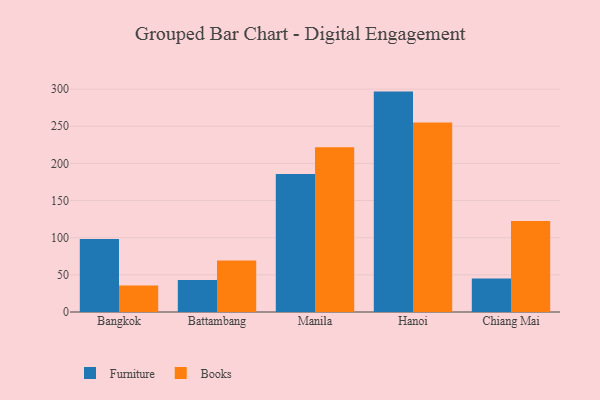
{"axis": {"x": "City", "y": "Population (Million)"}, "legend": ["Books", "Furniture"], "data": [{"x": "Bangkok", "y": 98.2, "type": "Furniture"}, {"x": "Bangkok", "y": 35.6, "type": "Books"}, {"x": "Battambang", "y": 43.0, "type": "Furniture"}, {"x": "Battambang", "y": 69.4, "type": "Books"}, {"x": "Manila", "y": 185.8, "type": "Furniture"}, {"x": "Manila", "y": 221.7, "type": "Books"}, {"x": "Hanoi", "y": 296.6, "type": "Furniture"}, {"x": "Hanoi", "y": 254.9, "type": "Books"}, {"x": "Chiang Mai", "y": 45.1, "type": "Furniture"}, {"x": "Chiang Mai", "y": 122.4, "type": "Books"}]}